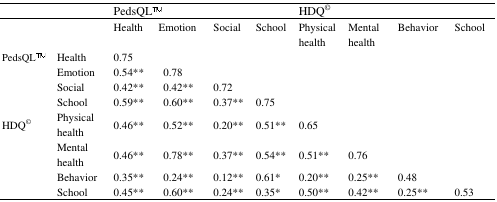
| <COLSPAN=2>  | <COLSPAN=6> PedsQLTM | <COLSPAN=4> HDQ© |
 | --- | --- | --- | --- | --- | --- | --- | --- | --- | --- | --- | --- |
 | <COLSPAN=2>  | <COLSPAN=2> Health | <COLSPAN=2> Emotion | Social | School | Physical health | Mental health | Behavior | School |
 | <ROWSPAN=4> PedsQLTM | Health | <COLSPAN=2> 0.75 | <COLSPAN=2>  |  |  |  |  |  |  |
 | Emotion | <COLSPAN=2> 0.54** | <COLSPAN=2> 0.78 |  |  |  |  |  |  |
 | Social | <COLSPAN=2> 0.42** | <COLSPAN=2> 0.42** | 0.72 |  |  |  |  |  |
 | School | <COLSPAN=2> 0.59** | <COLSPAN=2> 0.60** | 0.37** | 0.75 |  |  |  |  |
 | <ROWSPAN=4> HDQ© | Physical health | <COLSPAN=2> 0.46** | <COLSPAN=2> 0.52** | 0.20** | 0.51** | 0.65 |  |  |  |
 | Mental health | <COLSPAN=2> 0.46** | <COLSPAN=2> 0.78** | 0.37** | 0.54** | 0.51** | 0.76 |  |  |
 | Behavior | <COLSPAN=2> 0.35** | <COLSPAN=2> 0.24** | 0.12** | 0.61* | 0.20** | 0.25** | 0.48 |  |
 | School | <COLSPAN=2> 0.45** | <COLSPAN=2> 0.60** | 0.24** | 0.35* | 0.50** | 0.42** | 0.25** | 0.53 |